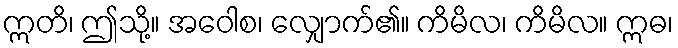
ဣတိ၊ ဤသို့။ အဝေါစ၊ လျှောက်၏။ ကိမိလ၊ ကိမိလ။ ဣဓ၊